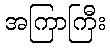
အကြာကြီး